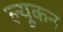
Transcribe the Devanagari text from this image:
ल्यूकन